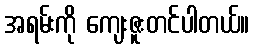
အရမ်းကို ကျေးဇူးတင်ပါတယ်။